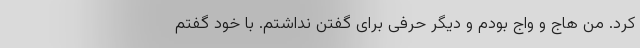
کرد. من هاج و واج بودم‌ و دیگر حرفی برای گفتن نداشتم. با خود گفتم